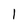
Character: l